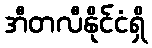
အီတလီနိုင်ငံရှိ